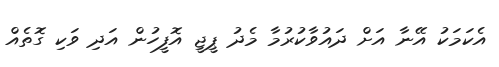
އެކަމަކު އޭނާ އަށް ދައުވާކުރުމާ މެދު ޕީޖީ އޮފީހުން އަދި ވަކި ގޮތެއް